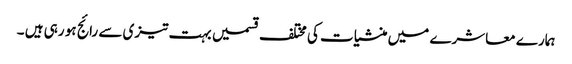
ہمارے معاشرے میں منشیات کی مختلف قسمیں بہت تیزی سے رائج ہو رہی ہیں ۔